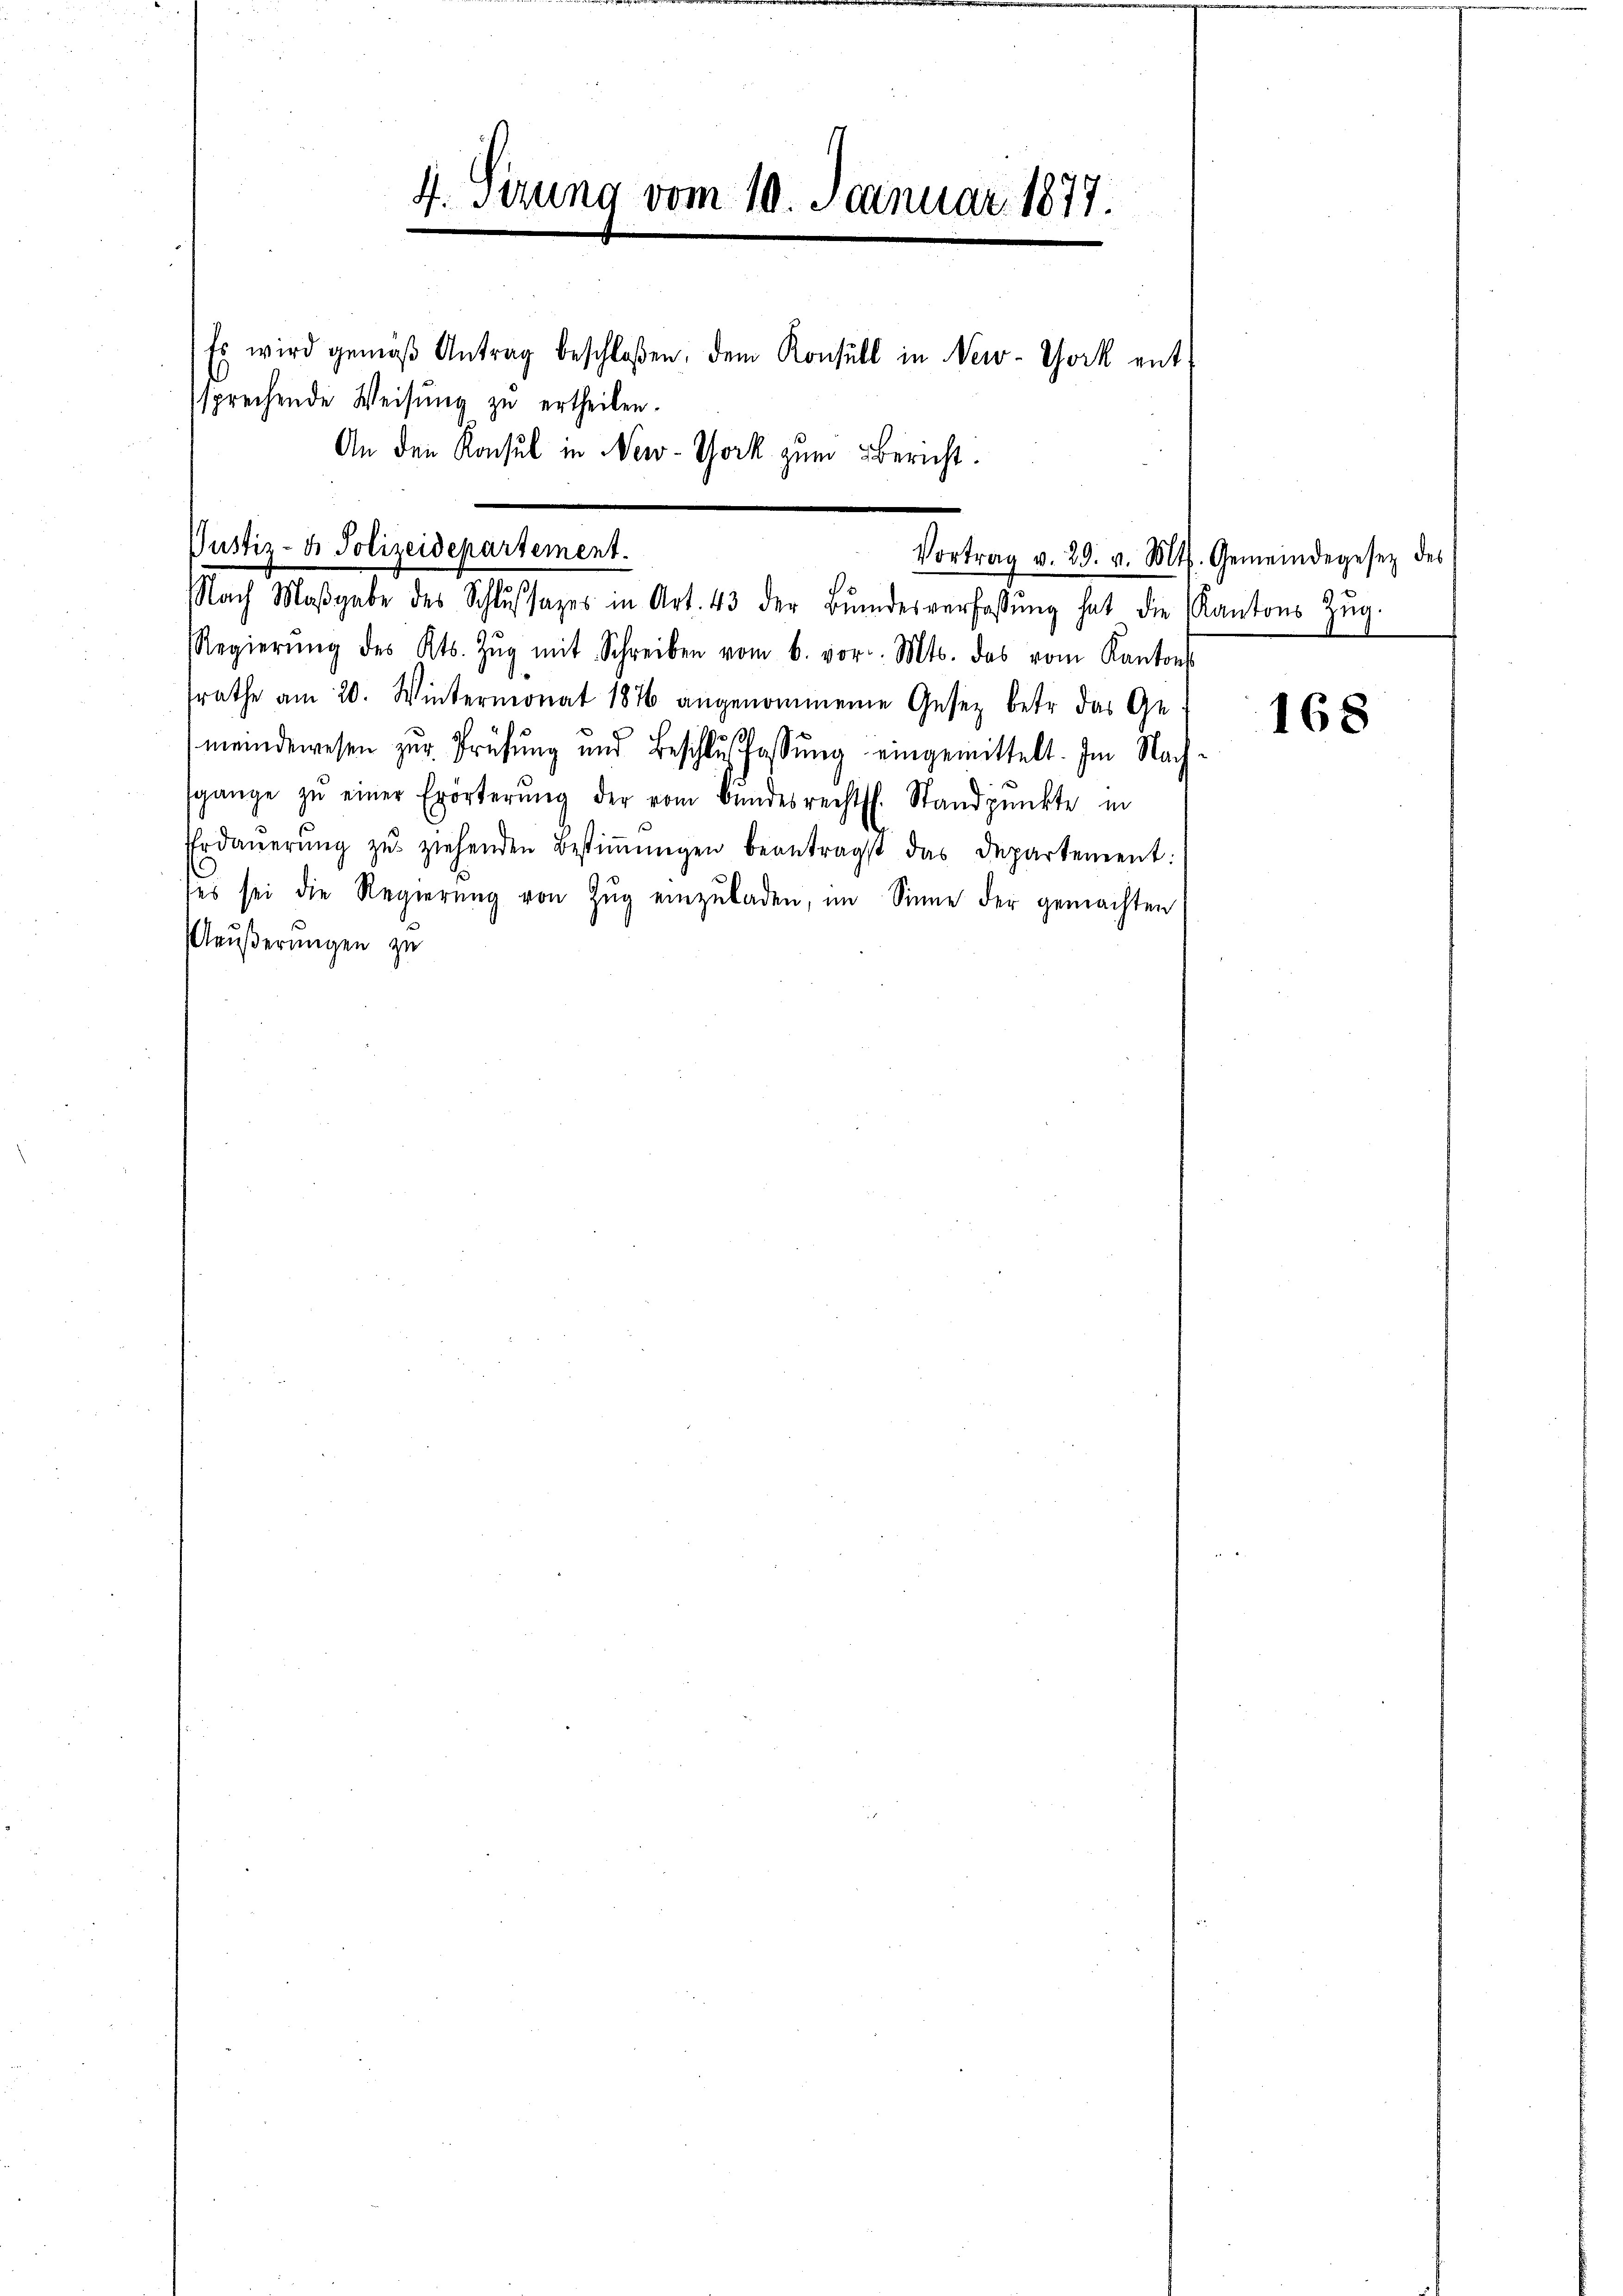
4. Stzung vom 10. Januar 1877.
Es wird gemäβ Antrag beschloßen, dem Konsul in New-York entsprechende Weisŭng zŭ ertheilen.
An den Konsul in New-York zum Bericht.

Justiz- & Polizeidepartement.
Vortrag v. 29. v. Mts. Gemeindegesetz des
.
Nach Maβgabe des Schlŭssages in Art. 43 der Bŭndesverfassŭng hat die Kantons Zŭg

Regierŭng des Kts. Zŭg mit Schreiben vom 6. vor. Mts. das vom Kantons
srathe am 20. Wintermonat 1876 angenommenen Gesetz betr. das Ge
meindewesen zŭr Prüfŭng und Beschlußfassŭng eingemittelt. Im Nach
sgange zŭ einer Erörterŭng der vom Bundesrechtss. Standpŭnkte in
Erdaŭerŭng zŭ ziehenden Bestiṁŭngen beantragst das Departement:
ses sei die Regierŭng von Zŭg einzŭladen, im Sinne der gemachten
Mäußerungen zu

168